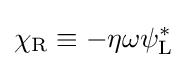
\chi _{\rm {R}}\equiv -\eta \omega \psi _{\rm {L}}^{*}